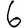
Digit: 6